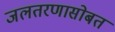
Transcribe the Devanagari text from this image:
जलतरणासोबत